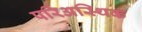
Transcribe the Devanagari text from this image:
परिअस्थिक